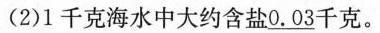
(2)1千克海水中大约含盐\underline{0.03}千克。